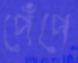
পেঁপে